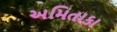
અમિતાકા